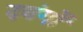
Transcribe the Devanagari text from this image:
दबंगों